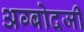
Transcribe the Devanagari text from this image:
अग्बोदजी